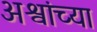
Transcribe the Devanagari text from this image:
अश्वांच्या